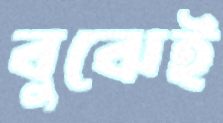
বুঝেই